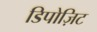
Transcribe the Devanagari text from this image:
डिपोज़िट